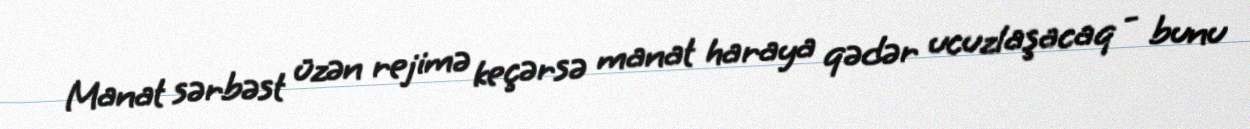
Manat sərbəst üzən rejimə keçərsə manat haraya qədər ucuzlaşacaq - bunu